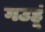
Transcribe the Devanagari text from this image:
गउहूं